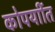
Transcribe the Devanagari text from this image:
कोपर्याीत